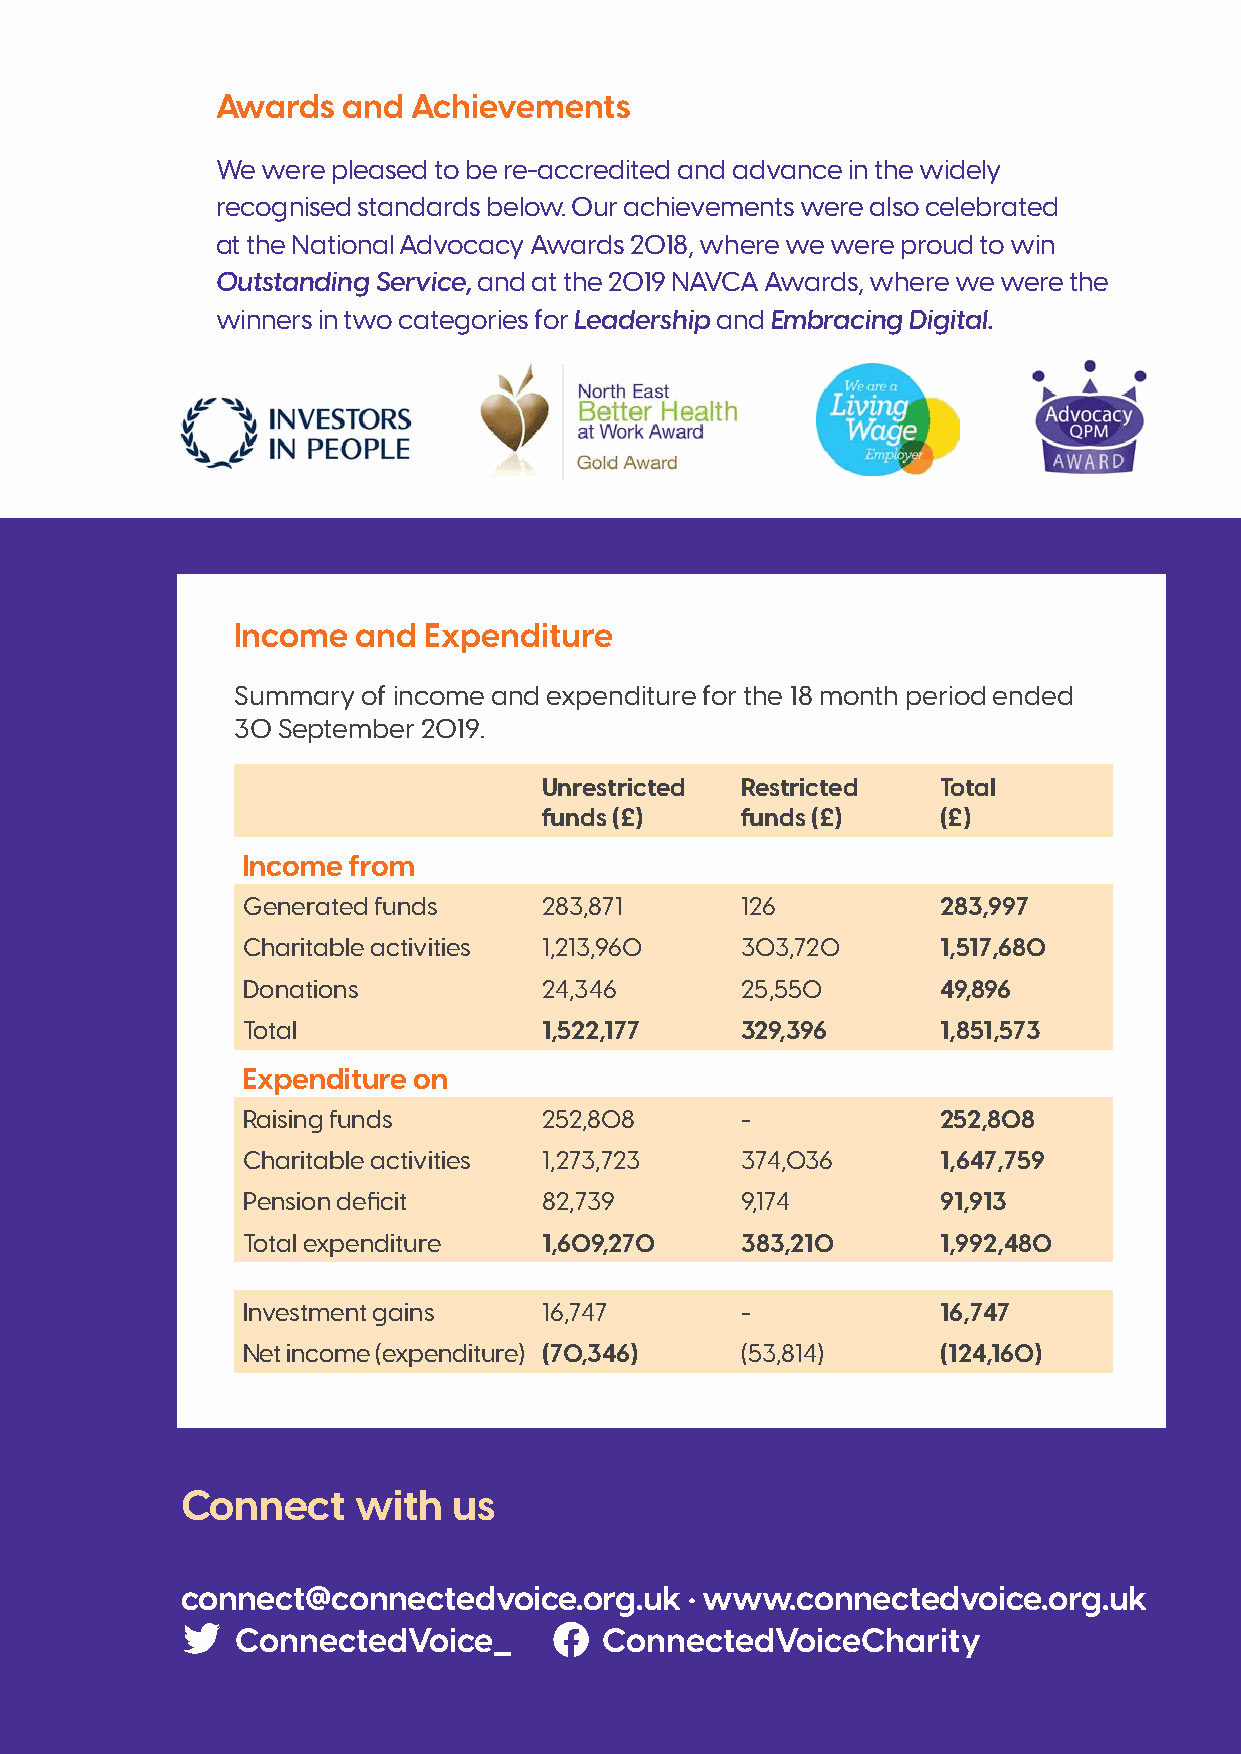
Awards   and Achievements
 We were pleased to be re-accredited and advance in the widely
 recognised standards below. Our achievements were also celebrated
 at the National Advocacy Awards 2018, where we were proud to win
 Outstanding Service, and at the 2019 NAVCA Awards, where we were the
 winners in two categories for Leadership and Embracing Digital.
 Income  and Expenditure
 Summary of income and expenditure for the 18 month period ended
 30 September 2019.
 Unrestricted Restricted   Total
 funds (£)    funds (£)    (£)
 Income from
 Generated funds     283,871      126          283,997
 Charitable activities 1,213,960  303,720      1,517,680
 Donations           24,346       25,550       49,896
 Total               1,522,177    329,396      1,851,573
 Expenditure on
 Raising funds       252,808      -            252,808
 Charitable activities 1,273,723  374,036      1,647,759
 Pension deficit     82,739       9,174        91,913
 Total expenditure   1,609,270    383,210      1,992,480
 Investment gains    16,747       -            16,747
 Net income (expenditure) (70,346) (53,814)    (124,160)
 Connect     with  us
 connect@connectedvoice.org.uk     · www.connectedvoice.org.uk
 ConnectedVoice_         ConnectedVoiceCharity